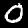
Digit: 0